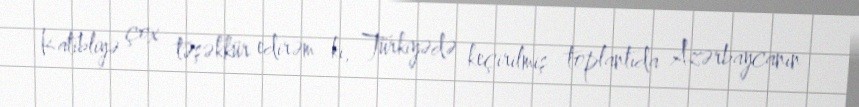
Katibliyə çox təşəkkür edirəm ki, Türkiyədə keçirilmiş toplantıda Azərbaycanın